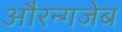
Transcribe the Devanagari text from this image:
औरन्गजेब